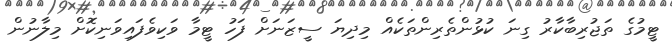
ޓީމުގެ ތަޖުރިބާކާރު ގިނަ ކުޅުންތެރިންތަކެއް މިދިޔަ ސީޒަނަށް ފަހު ޓީމާ ވަކިވެފައިވަނިކޮށް މިލާނުން